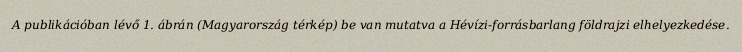
A publikációban lévő 1. ábrán (Magyarország térkép) be van mutatva a Hévízi-forrásbarlang földrajzi elhelyezkedése.